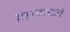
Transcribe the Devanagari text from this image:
१०१मध्ये